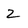
Character: 2